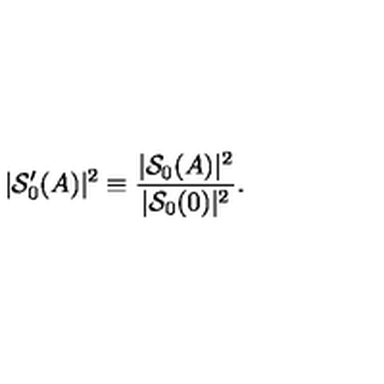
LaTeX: | { \mathcal S } _ { 0 } ^ { \prime } ( A ) | ^ { 2 } \equiv \frac { | { \mathcal S } _ { 0 } ( A ) | ^ { 2 } } { | { \mathcal S } _ { 0 } ( 0 ) | ^ { 2 } } .